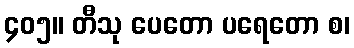
၄၀၅။ တီသု ပေတော ပရေတော စ၊